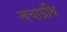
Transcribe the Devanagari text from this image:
त्वचाग्रंथि